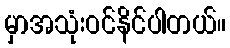
မှာအသုံးဝင်နိင်ပါတယ်။